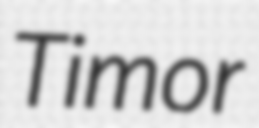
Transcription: Timor